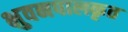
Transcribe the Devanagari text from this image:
भुवनपालकृत